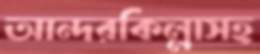
আন্দরকিল্লাসহ